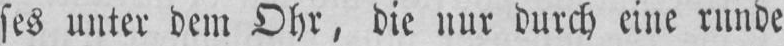
ses unter dem Ohr, die uur durch eine rnnde